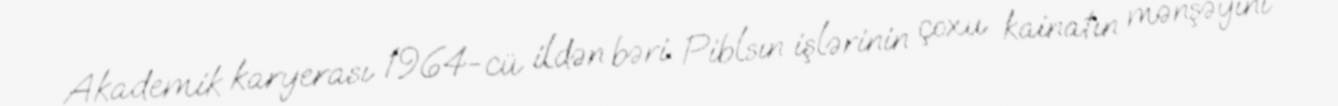
Akademik karyerası 1964-cü ildən bəri Piblsın işlərinin çoxu kainatın mənşəyini